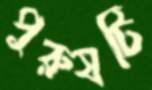
পুরুষটি